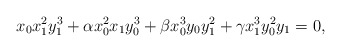
\begin{align*} x_0x_1^2y_1^3 +\alpha x_0^2x_1y_0^3 +\beta x_0^3y_0y_1^2 +\gamma x_1^3y_0^2y_1=0,\end{align*}